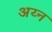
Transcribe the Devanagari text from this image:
अय्न